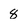
Character: 8